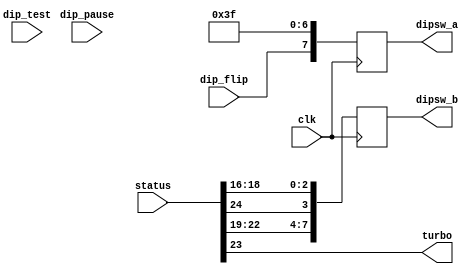
/*
  
   Multicore 2 / Multicore 2+
  
   Copyright (c) 2017-2020 - Victor Trucco

  
   All rights reserved
  
   Redistribution and use in source and synthezised forms, with or without
   modification, are permitted provided that the following conditions are met:
  
   Redistributions of source code must retain the above copyright notice,
   this list of conditions and the following disclaimer.
  
   Redistributions in synthesized form must reproduce the above copyright
   notice, this list of conditions and the following disclaimer in the
   documentation and/or other materials provided with the distribution.
  
   Neither the name of the author nor the names of other contributors may
   be used to endorse or promote products derived from this software without
   specific prior written permission.
  
   THIS CODE IS PROVIDED BY THE COPYRIGHT HOLDERS AND CONTRIBUTORS "AS IS"
   AND ANY EXPRESS OR IMPLIED WARRANTIES, INCLUDING, BUT NOT LIMITED TO,
   THE IMPLIED WARRANTIES OF MERCHANTABILITY AND FITNESS FOR A PARTICULAR
   PURPOSE ARE DISCLAIMED. IN NO EVENT SHALL THE AUTHOR OR CONTRIBUTORS BE
   LIABLE FOR ANY DIRECT, INDIRECT, INCIDENTAL, SPECIAL, EXEMPLARY, OR
   CONSEQUENTIAL DAMAGES (INCLUDING, BUT NOT LIMITED TO, PROCUREMENT OF
   SUBSTITUTE GOODS OR SERVICES; LOSS OF USE, DATA, OR PROFITS; OR BUSINESS
   INTERRUPTION) HOWEVER CAUSED AND ON ANY THEORY OF LIABILITY, WHETHER IN
   CONTRACT, STRICT LIABILITY, OR TORT (INCLUDING NEGLIGENCE OR OTHERWISE)
   ARISING IN ANY WAY OUT OF THE USE OF THIS SOFTWARE, EVEN IF ADVISED OF THE
   POSSIBILITY OF SUCH DAMAGE.
  
   You are responsible for any legal issues arising from your use of this code.
  
*//*  This file is part of JTDD.
    JTDD program is free software: you can redistribute it and/or modify
    it under the terms of the GNU General Public License as published by
    the Free Software Foundation, either version 3 of the License, or
    (at your option) any later version.

    JTDD program is distributed in the hope that it will be useful,
    but WITHOUT ANY WARRANTY; without even the implied warranty of
    MERCHANTABILITY or FITNESS FOR A PARTICULAR PURPOSE.  See the
    GNU General Public License for more details.

    You should have received a copy of the GNU General Public License
    along with JTDD.  If not, see <http://www.gnu.org/licenses/>.

    Author: Jose Tejada Gomez. Twitter: @topapate
    Version: 1.0
    Date: 14-12-2019 */

`timescale 1ns/1ps

module jtdd_dip(
    input              clk,
    input      [31:0]  status,

    input              dip_pause,
    input              dip_test,
    input              dip_flip,
    output             turbo,

    output reg [ 7:0]  dipsw_a,
    output reg [ 7:0]  dipsw_b
);

wire          dip_upright = 1'b0;
wire [1:0]    dip_level   = status[17:16];
wire          dip_demosnd = status[18];
wire          dip_kick    = status[24];    // only in DD2
wire [1:0]    dip_bonus   = status[20:19]; // Timer setting in DD2
wire [1:0]    dip_lives   = status[22:21]; // Lives in DD2 but different values
assign turbo              = status[23];
wire [2:0]    dip_price1  = ~3'b0;
wire [2:0]    dip_price2  = ~3'b0;


always @(posedge clk) begin
    dipsw_a <= { dip_flip, dip_upright, dip_price2, dip_price1 };
    // the meaning for some bits in DD2 in dipsw_b is different:
    dipsw_b <= { dip_lives, dip_bonus, dip_kick, dip_demosnd, dip_level };
end

endmodule